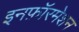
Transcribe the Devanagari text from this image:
इनफ़ॉरमेशन